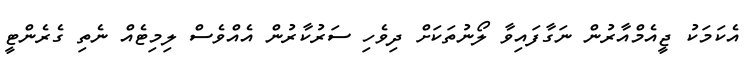
އެކަމަކު ޖީއެމްއާރުން ނަގާފައިވާ ލޯނުތަކަށް ދިވެހި ސަރުކާރުން އެއްވެސް ލިމިޓެއް ނެތި ގެރެންޓީ